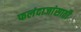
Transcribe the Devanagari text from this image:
फलंदाजांसाठी